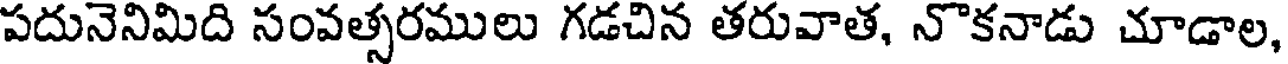
పదునెనిమిది సంవత్సరములు గడచిన తరువాత, నొకనాడు చూడాల,